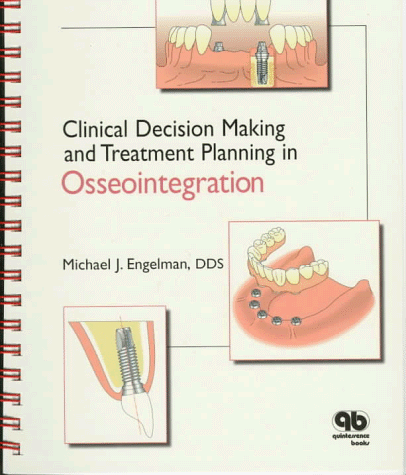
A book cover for Clinical Decision Making and Treatment Planning in Osseointegration; Michael Engelman; Medical Books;